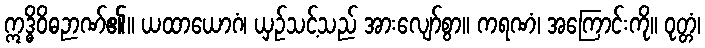
ဣဒ္ဓိဝိဓဉာဏ်၏။ ယထာယောဂံ၊ ယှဉ်သင့်သည် အားလျော်စွာ။ ကရဏံ၊ အကြောင်းကို။ ဝုတ္တံ၊